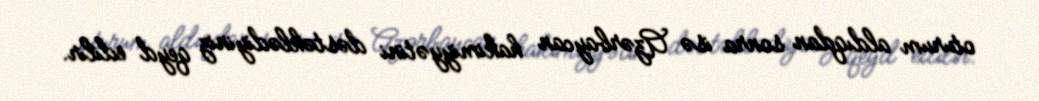
oturum aldıqdan sonra isə Azərbaycan hakimiyyətini dəstəklədiyiniz qeyd edilir.